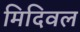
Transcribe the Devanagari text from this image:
मिदिवल